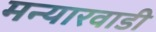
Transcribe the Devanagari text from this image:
मन्यारवाडी